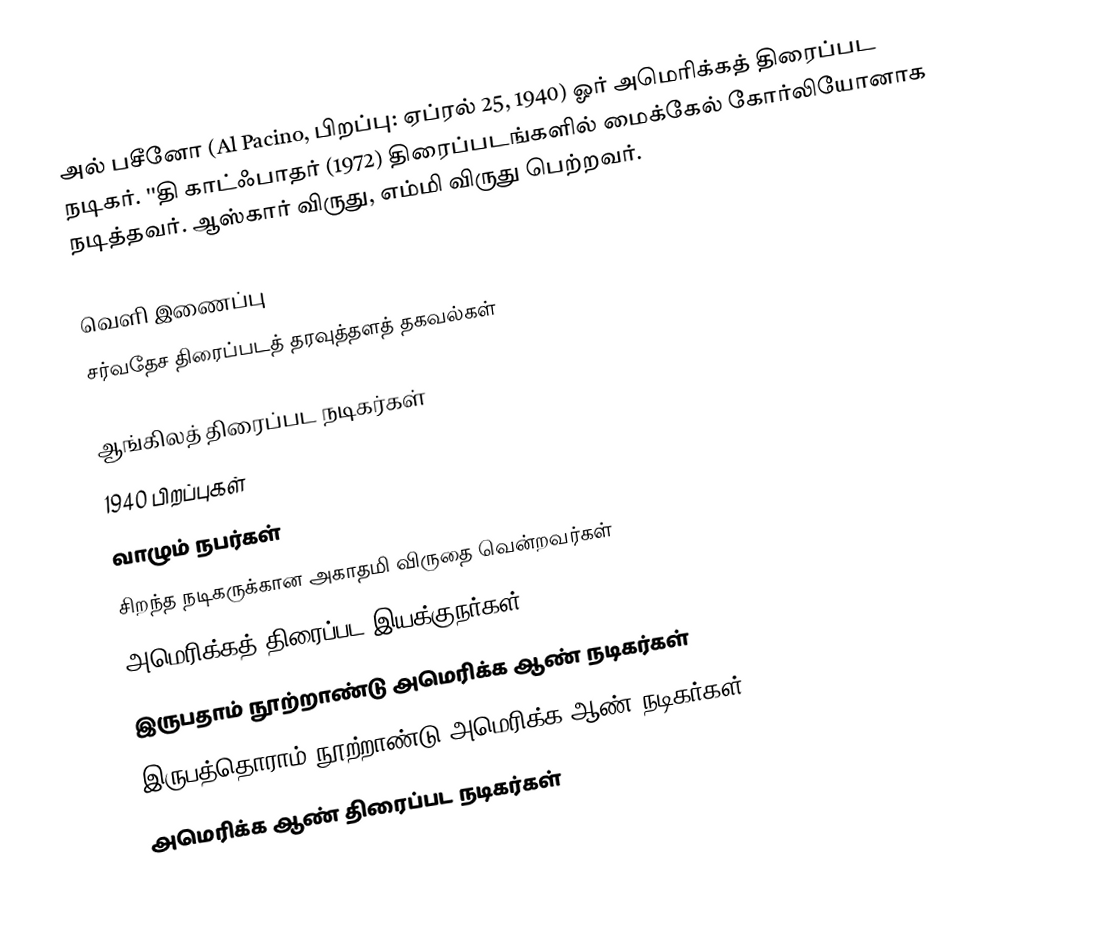
அல் பசீனோ (Al Pacino, பிறப்பு: ஏப்ரல் 25, 1940) ஓர் அமெரிக்கத் திரைப்பட நடிகர். ''தி காட்ஃபாதர் (1972) திரைப்படங்களில் மைக்கேல் கோர்லியோனாக நடித்தவர். ஆஸ்கார் விருது, எம்மி விருது பெற்றவர்.

வெளி இணைப்பு
 சர்வதேச திரைப்படத் தரவுத்தளத் தகவல்கள்

ஆங்கிலத் திரைப்பட நடிகர்கள்
1940 பிறப்புகள்
வாழும் நபர்கள்
சிறந்த நடிகருக்கான அகாதமி விருதை வென்றவர்கள்
அமெரிக்கத் திரைப்பட இயக்குநர்கள்
இருபதாம் நூற்றாண்டு அமெரிக்க ஆண் நடிகர்கள்
இருபத்தொராம் நூற்றாண்டு அமெரிக்க ஆண் நடிகர்கள்
அமெரிக்க ஆண் திரைப்பட நடிகர்கள்